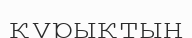
құрықтың